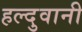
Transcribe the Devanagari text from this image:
हल्दुवानी